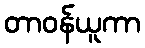
တာဝန်ယူကာ